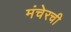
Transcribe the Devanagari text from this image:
मंचेरची